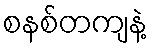
စနစ်တကျနဲ့